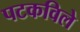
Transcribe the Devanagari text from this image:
पटकविले